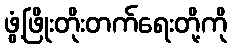
ဖွံ့ဖြိုးတိုးတက်ရေးတို့ကို